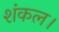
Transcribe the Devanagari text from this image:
शंकल।